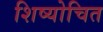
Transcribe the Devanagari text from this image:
शिष्योचित